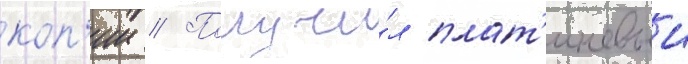
коп'ии // Получи́л плат'иновыи